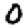
Digit: 0